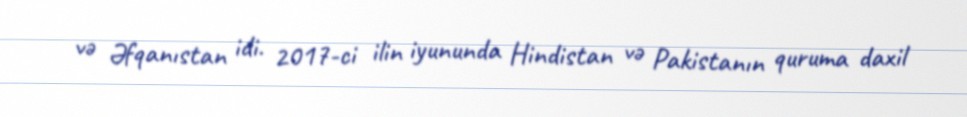
və Əfqanıstan idi. 2017-ci ilin iyununda Hindistan və Pakistanın quruma daxil